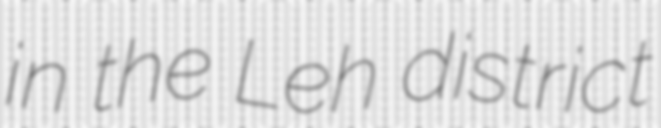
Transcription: in the Leh district